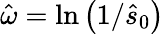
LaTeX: \hat{\omega}=\ln\left(1/\hat{s}_{0}\right)